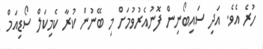
ހުރެ އެވެ. އަދި ސައިބޯނިން ފޮނުއެރުވުމަށް މި ބޭނުން ކުރާ ކެމިކަލް ސޯޑިއަމް